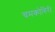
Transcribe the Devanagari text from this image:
चमकोगिरी